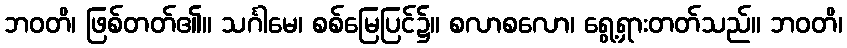
ဘဝတိ၊ ဖြစ်တတ်၏။ သင်္ဂါမေ၊ စစ်မြေပြင်၌။ စလာစလော၊ ရွေ့ရှားတတ်သည်။ ဘဝတိ၊